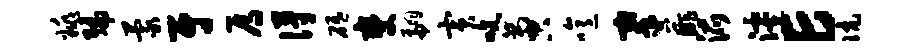
姚编蒙尉焉得砥燮翩寅吮啻噫搴薤派滹E伉